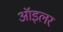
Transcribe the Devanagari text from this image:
ऑइलर